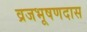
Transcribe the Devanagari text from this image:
व्रजभूषणदास